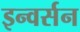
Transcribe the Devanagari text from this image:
इन्वर्सन